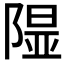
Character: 𨻥